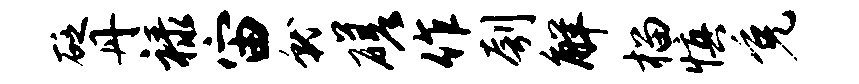
砭丹禄宙就磋作刳解榴慎免